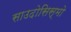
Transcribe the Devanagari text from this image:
साउदोसिस्मो